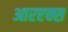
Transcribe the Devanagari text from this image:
आरएक्स